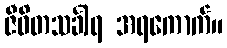
ဇီဝိတသင်္ခါရ အရကောက်။